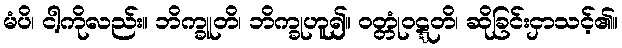
မံပိ၊ ငါ့ကိုလည်း။ ဘိက္ခူတိ၊ ဘိက္ခုဟူ၍။ ဝတ္တုံဝဋ္ဋတိ၊ ဆိုခြင်းငှာသင့်၏။